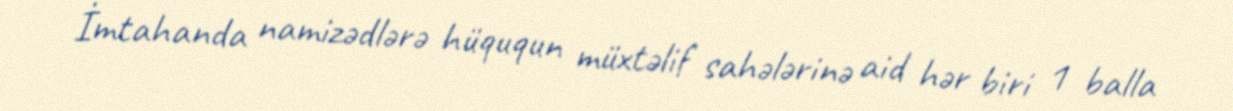
İmtahanda namizədlərə hüququn müxtəlif sahələrinə aid hər biri 1 balla